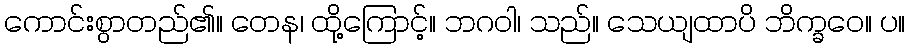
ကောင်းစွာတည်၏။ တေန၊ ထို့ကြောင့်။ ဘဂဝါ၊ သည်။ သေယျထာပိ ဘိက္ခဝေ။ ပ။